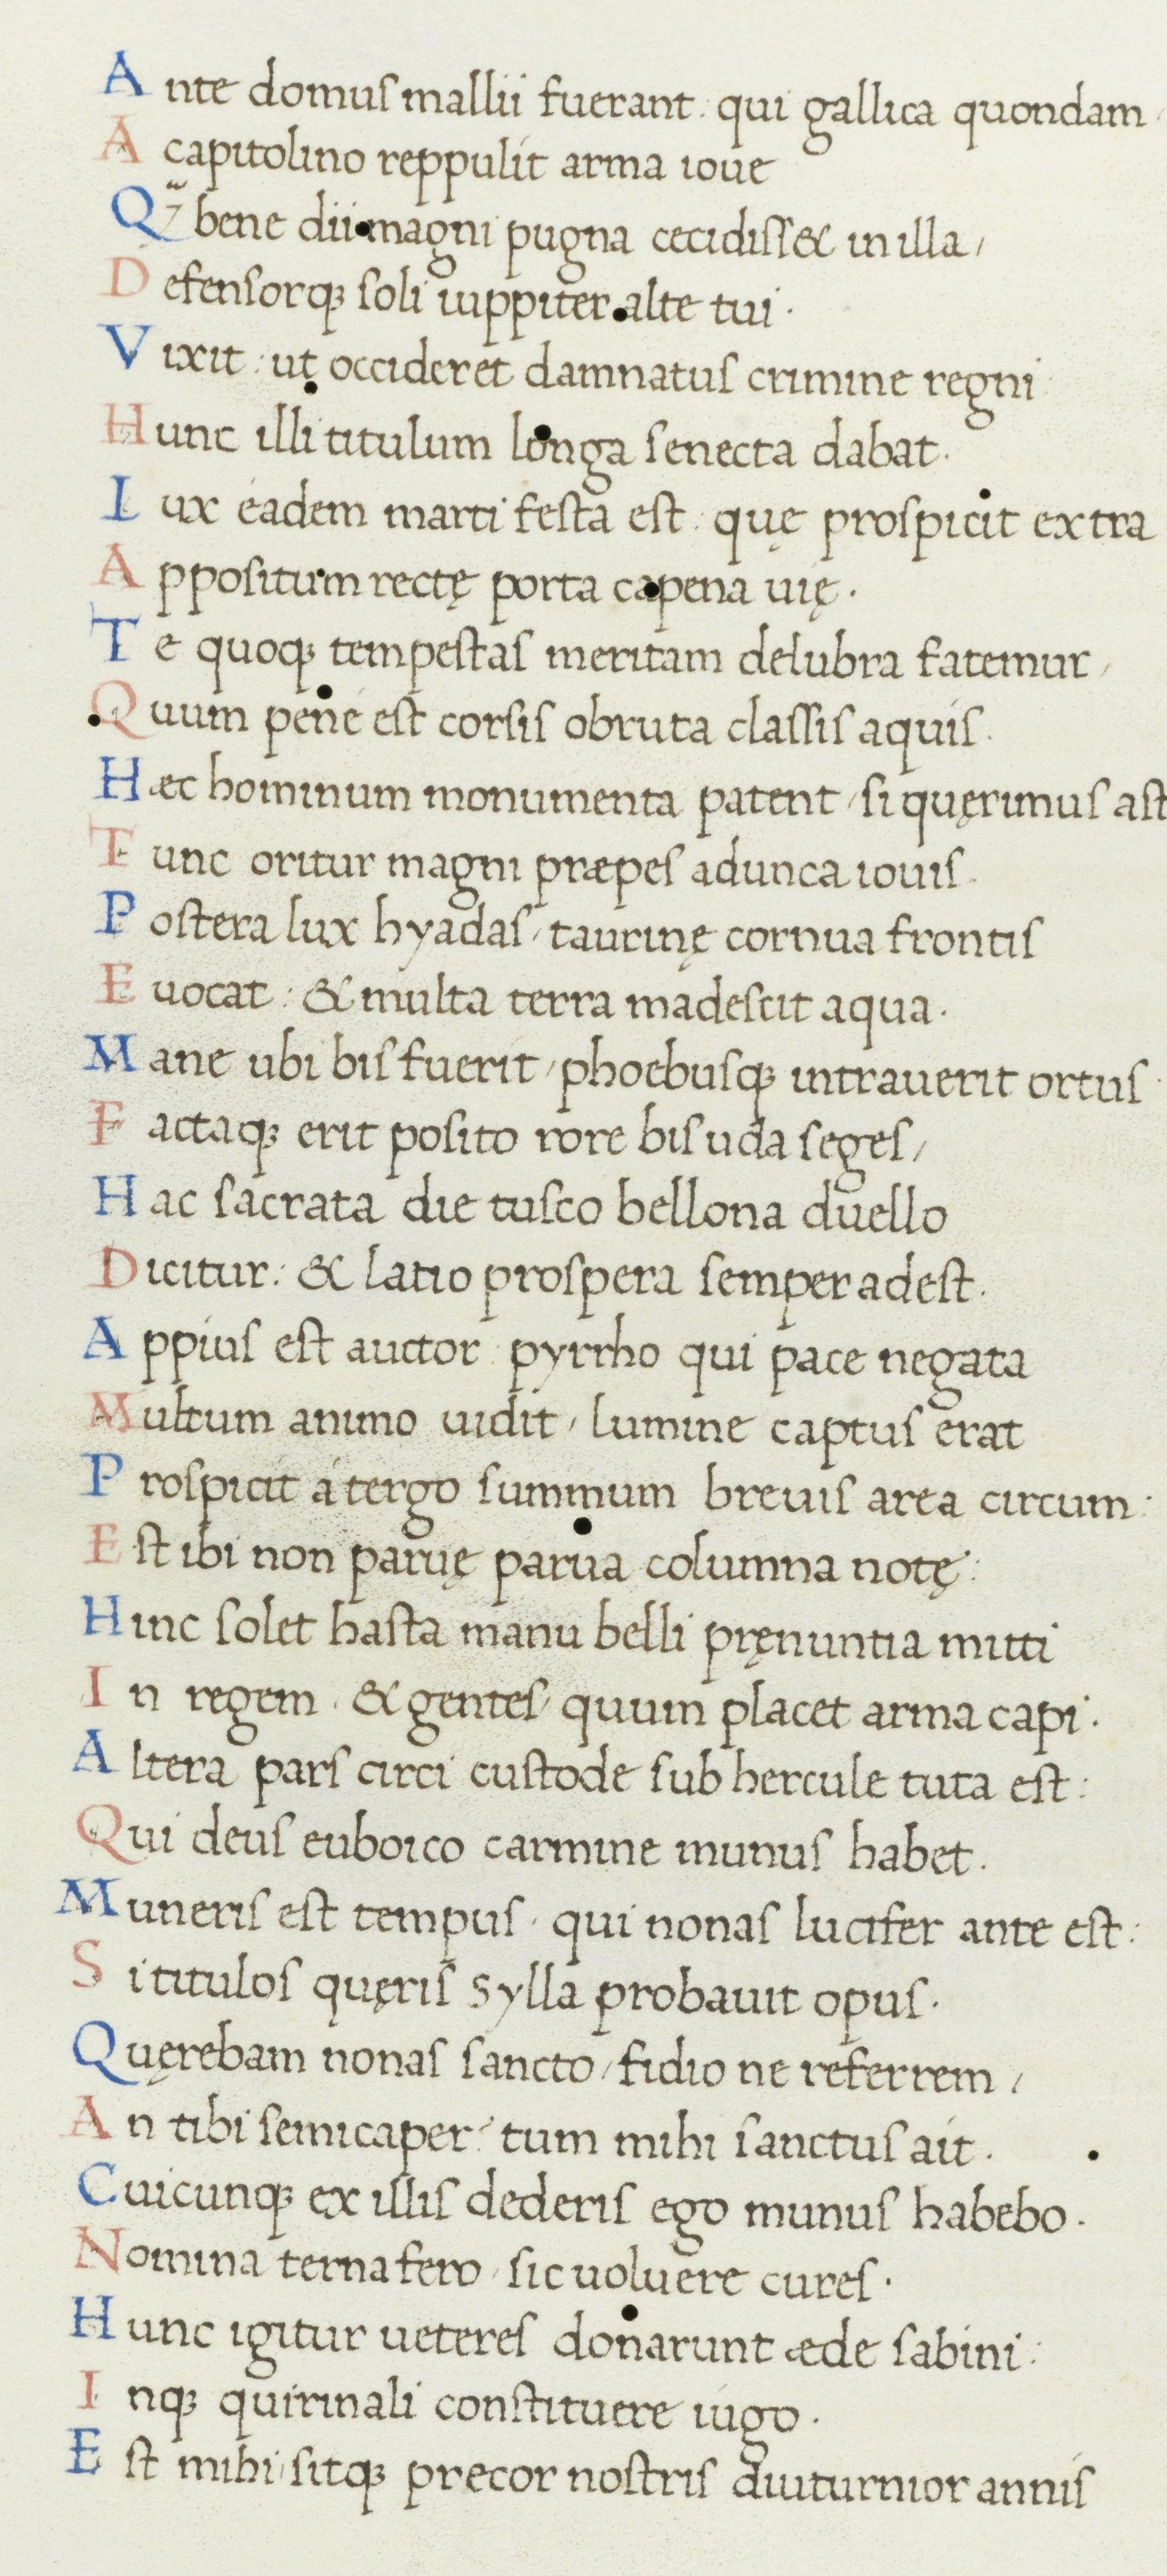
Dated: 1465–1495